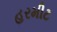
હરમીટ